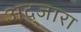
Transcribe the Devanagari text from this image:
अद्जारा